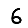
Digit: 6